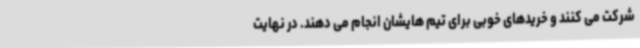
شرکت می کنند و خریدهای خوبی برای تیم هایشان انجام می دهند. در نهایت